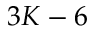
3 K - 6